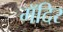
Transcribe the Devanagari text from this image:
मॅदिर